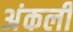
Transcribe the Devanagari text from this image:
अंकली